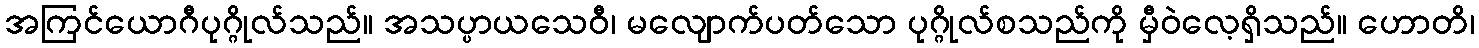
အကြင်ယောဂီပုဂ္ဂိုလ်သည်။ အသပ္ပာယသေဝီ၊ မလျောက်ပတ်သော ပုဂ္ဂိုလ်စသည်ကို မှီဝဲလေ့ရှိသည်။ ဟောတိ၊